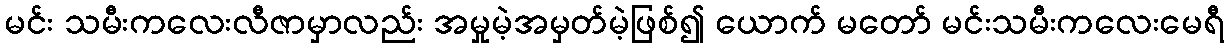
မင်း သမီးကလေးလီဇာမှာလည်း အမှုမဲ့အမှတ်မဲ့ဖြစ်၍ ယောက် မတော် မင်းသမီးကလေးမေရီ